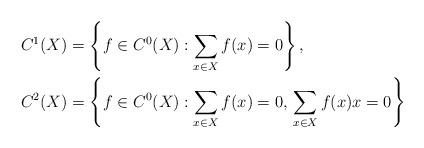
LaTeX: \begin{align*}C^1(X) &= \left\{ f \in C^0(X) : \sum_{x \in X} f(x) = 0 \right\}, \\C^2(X) &= \left\{ f \in C^0(X) : \sum_{x \in X} f(x) = 0, \, \sum_{x \in X} f(x) x = 0 \right\} \end{align*}